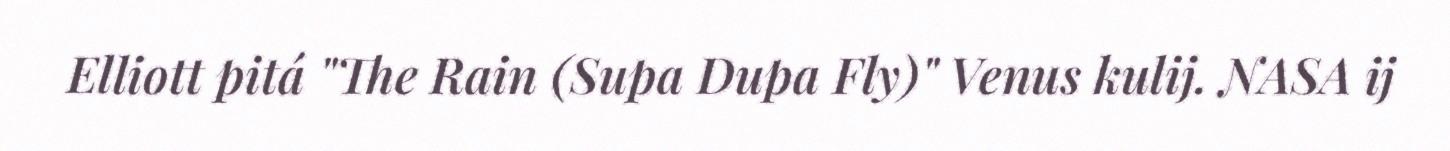
Elliott pitá "The Rain (Supa Dupa Fly)" Venus kulij. NASA ij